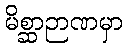
မိစ္ဆာဉာဏမှာ